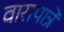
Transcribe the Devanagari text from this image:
वासपात्रे